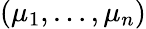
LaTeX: (\mu_{1},\ldots,\mu_{n})